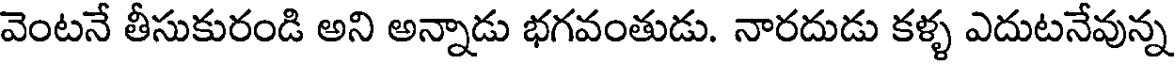
వెంటనే తీసుకురండి అని అన్నాడు భగవంతుడు. నారదుడు కళ్ళ ఎదుటనేవున్న